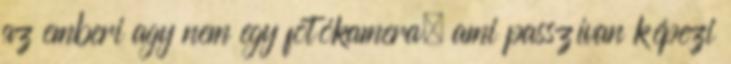
az emberi agy nem egy fotókamera, ami passzívan képezi